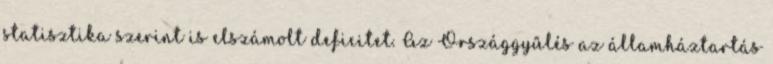
statisztika szerint is elszámolt deficitet. Az Országgyűlés az államháztartás